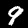
Digit: 9